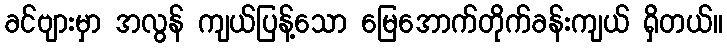
ခင်ဗျားမှာ အလွန် ကျယ်ပြန့်သော မြေအောက်တိုက်ခန်းကျယ် ရှိတယ်။